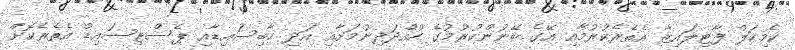
ކެމިކަލް ފާޓިލައިޒާ އެތެރެކުރުމާއި އޭގެ ބޭނުންކުރުމުގެ ހުއްދަދިނުމަށާއި އަދި ހާބިސައިޑާއި ޕެސްޓިސައިޑް އެތެރެކޮށް